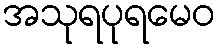
အသုရပုရမေဝ